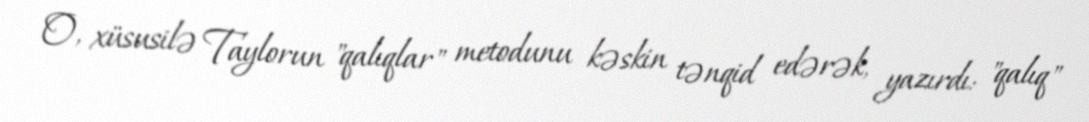
O, xüsusilə Taylorun "qalıqlar" metodunu kəskin tənqid edərək, yazırdı: "qalıq"